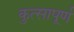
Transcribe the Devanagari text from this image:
कुत्सापूर्ण